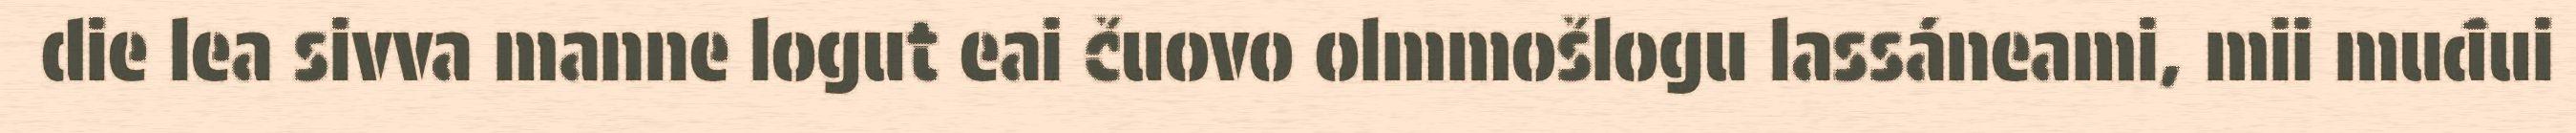
die lea sivva manne logut eai čuovo olmmošlogu lassáneami, mii muđui